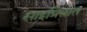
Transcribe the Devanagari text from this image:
साइप्रियात